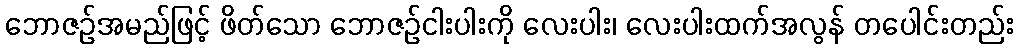
ဘောဇဉ်အမည်ဖြင့် ဖိတ်သော ဘောဇဉ်ငါးပါးကို လေးပါး၊ လေးပါးထက်အလွန် တပေါင်းတည်း